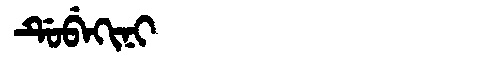
Manchu: ᡩᡠᠪᡝᡴᡳᠨᡳ
Romanization: DUBEKINI